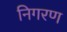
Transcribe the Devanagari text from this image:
निगरण